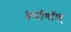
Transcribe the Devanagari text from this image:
श्प्पीणॉफ़्